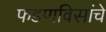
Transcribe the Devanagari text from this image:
फडणविसांचे